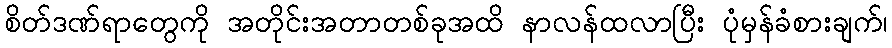
စိတ်ဒဏ်ရာတွေကို အတိုင်းအတာတစ်ခုအထိ နာလန်ထလာပြီး ပုံမှန်ခံစားချက်၊